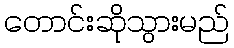
တောင်းဆိုသွားမည်